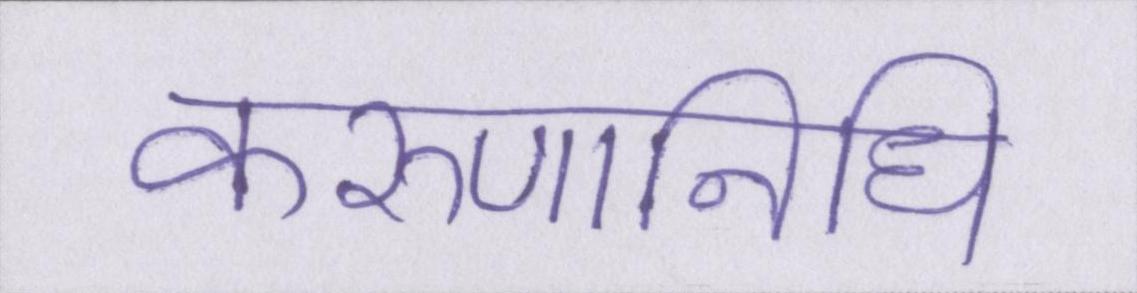
करुणानिधि